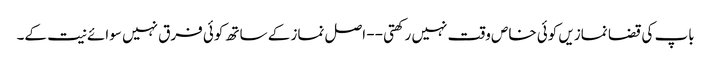
باپ کی قضا نمازیں کوئی خاص وقت نہیں رکھتی -- اصل نماز کے ساتھ کوئی فرق نہیں سوائے نیت کے۔